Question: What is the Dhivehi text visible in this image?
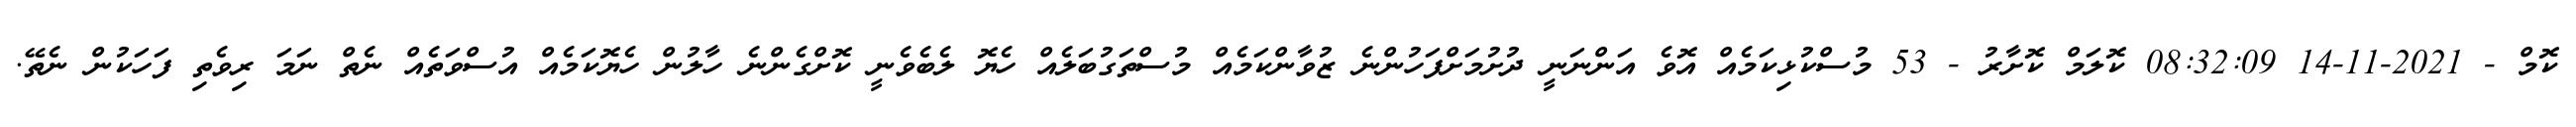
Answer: ކޮމް - 2021-11-14 08:32:09 ކޮލަމް ކޮށާރު - 53 މުސްކުޅިކަމެއް އޮވެ އަންނަނީ ދުށުމަށްފަހުންނެ ޒުވާންކަމެއް މުސްތަގުބަލެއް ހެޔޮ ލެބެވެނީ ކޮށްގެންނެ ހާލުން ހެޔޮކަމެއް އުސްވަތެއް ނެތް ނަމަ ރިވެތި ފަހަކުން ނެތޭ.